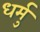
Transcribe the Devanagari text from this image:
धर्मु